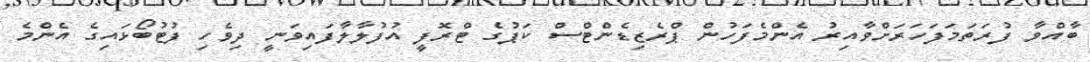
ބާއްވާ ފުރަތަމަފަހަރަށްވާއިރު އެންމެފަހުން ޕްރެޒިޑެންޓްސް ކަޕުގެ ޓްރޮފީ އުފުލާލާފައިވަނީ ދިވެހި ފުޓުބޯޅައިގެ އެންމެ